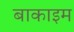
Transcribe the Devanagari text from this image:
बाकाइम